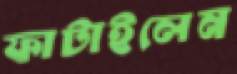
ফাটাইলেন